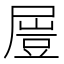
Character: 𡳂